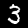
Digit: 3